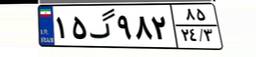
۱۵گ۹۸۲۸۵